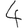
Digit: 4